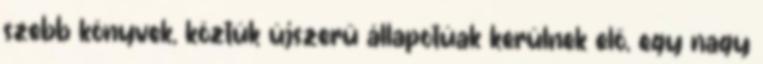
szebb könyvek, köztük újszerű állapotúak kerülnek elő, egy nagy